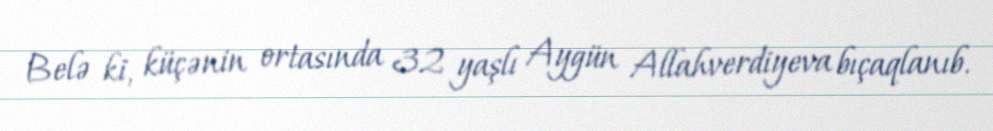
Belə ki, küçənin ortasında 32 yaşlı Aygün Allahverdiyeva bıçaqlanıb.